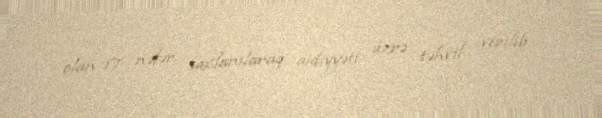
olan 17 nəfər saxlanılaraq aidiyyəti üzrə təhvil verilib.